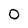
Character: 0